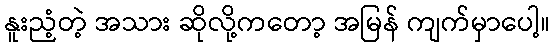
နူးညံ့တဲ့ အသား ဆိုလို့ကတော့ အမြန် ကျက်မှာပေါ့။